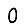
Digit: 0